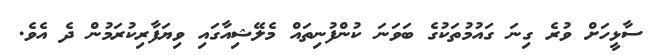
ސާޅީހަށް ވުރެ ގިނަ ގައުމުތަކުގެ ބަވަނަ ކުންފުނިތައް މެލޭޝިއާގައި ވިޔަފާރިކުރަމުން ދެ އެވެ.